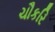
ચૌકરિ